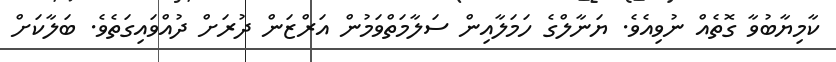
ކާމިޔާބުވާ ގޮތެއް ނުވިއެވެ. ޔަނާލްގެ ހަމަލާއިން ސަލާމަތްވަމުން އަރްޒަން ދުރަށް ދުއްވައިގަތެވެ. ބަލާކަށް